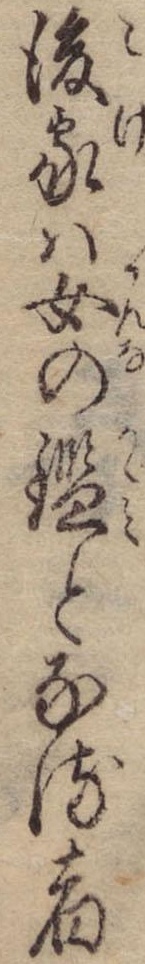
後家は女の鑑となる宿